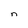
Character: n